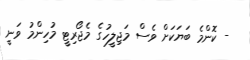
- ކޮންމެ ބަޔަކަށް ވެސް މަޖިލީހުގެ މެޖޯރިޓީ މުހިންމު ވަނީ